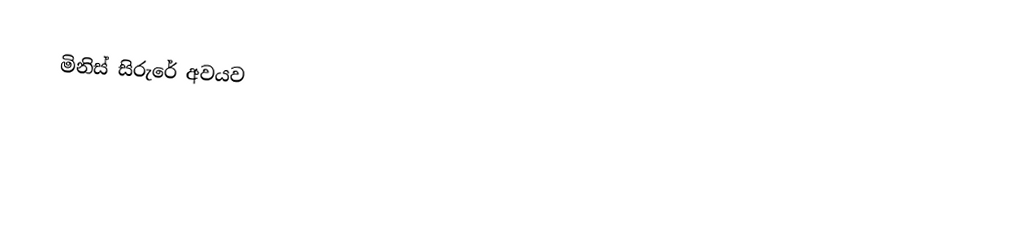
මිනිස් සිරුරේ අවයව